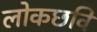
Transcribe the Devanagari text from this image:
लोकछवि